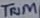
Text: TRIM